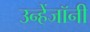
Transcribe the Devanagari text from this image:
उन्हेंजॉनी